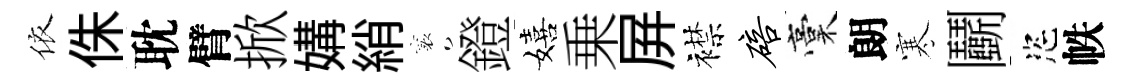
依侏耽臂掀媾綃襄鐙嬉乗屛襟碚稾朗寒鬬恣帙